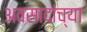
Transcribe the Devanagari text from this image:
अवसादांच्या